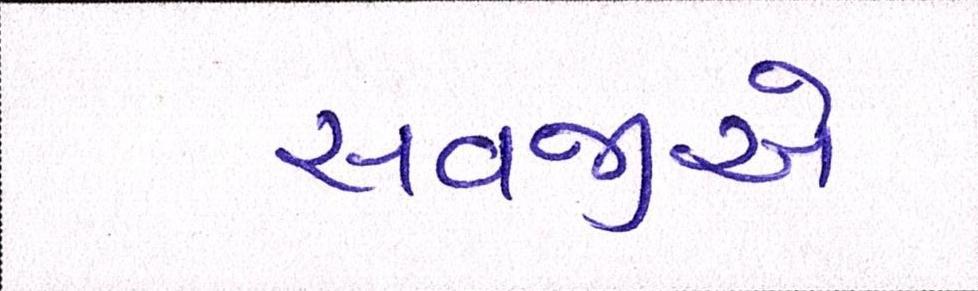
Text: સવજીએ